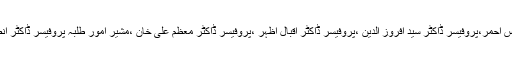
اس موقع پرروئسائے کلیہ جات پروفیسر ڈاکٹر خالدعراقی ، پروفیسر ڈاکٹر مونس احمر،پروفیسر ڈاکٹر سید افروز الدین ،پروفیسر ڈاکٹر اقبال اظہر ،پروفیسر ڈاکٹر معظم علی خان ،مشیر امور طلبہ پروفیسر ڈاکٹر انصر رضوی، صدور شعبہ جات ،اساتذہ اور ملازمین کی کثیر تعداد موجود تھی۔